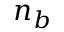
n _ { b }